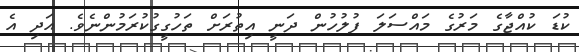
ކުޑަ ކުއްޖާގެ މަރުގެ މައްސަލަ ފުލުހުން ދަނީ އިތުރަށް ތަހުގީގުކުރަމުންނެވެ. އަދި އެ